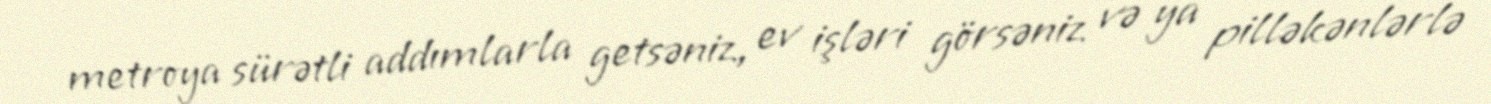
metroya sürətli addımlarla getsəniz, ev işləri görsəniz və ya pilləkənlərlə